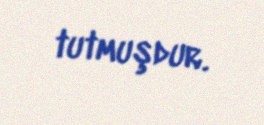
tutmuşdur.